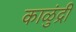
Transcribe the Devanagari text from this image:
काळुंद्री